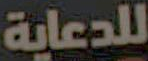
للدعاية